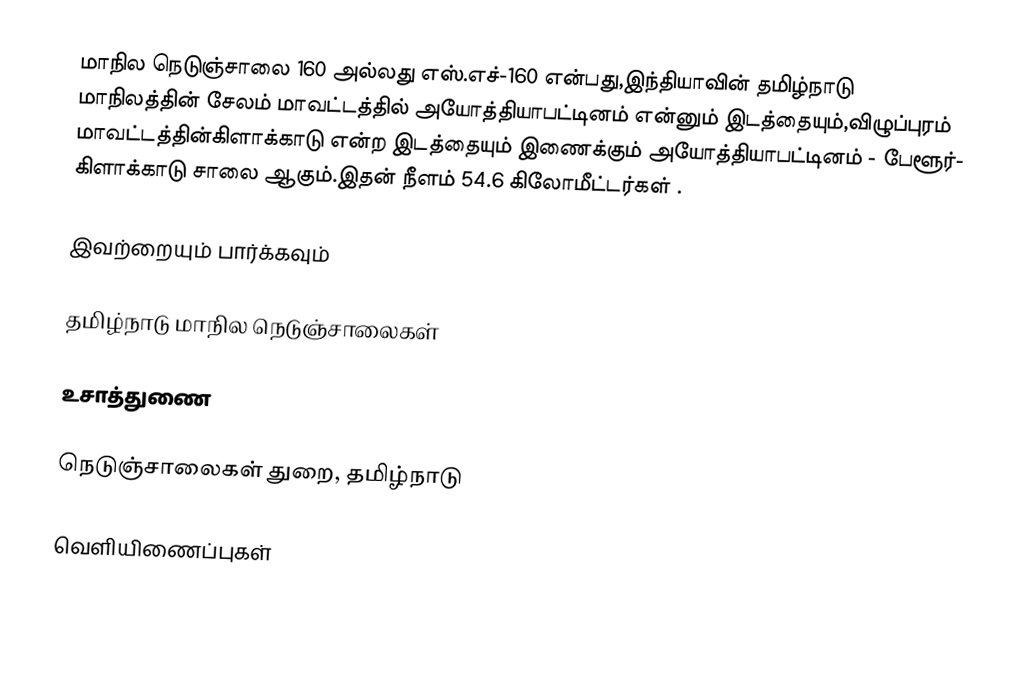
மாநில நெடுஞ்சாலை 160 அல்லது எஸ்.எச்-160  என்பது,இந்தியாவின் தமிழ்நாடு மாநிலத்தின்  சேலம் மாவட்டத்தில்  அயோத்தியாபட்டினம்  என்னும் இடத்தையும்,விழுப்புரம் மாவட்டத்தின்கிளாக்காடு  என்ற இடத்தையும் இணைக்கும் அயோத்தியாபட்டினம் - பேளூர்- கிளாக்காடு சாலை ஆகும்.இதன் நீளம் 54.6  கிலோமீட்டர்கள் .

இவற்றையும் பார்க்கவும்

 தமிழ்நாடு மாநில நெடுஞ்சாலைகள்

உசாத்துணை

 நெடுஞ்சாலைகள் துறை, தமிழ்நாடு

வெளியிணைப்புகள்